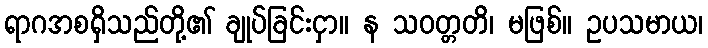
ရာဂအစရှိသည်တို့၏ ချုပ်ခြင်းငှာ။ န သဝတ္တတိ၊ မဖြစ်။ ဥပသမာယ၊